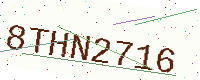
Text: 8THN2716